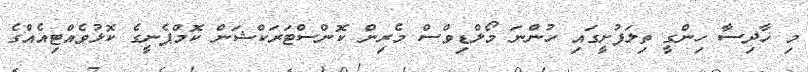
މި ހާދިސާ ހިންގީ ތިލަފުށީގައި ހުންނަ މޯލްޑިވްސް މެރިން ކޮންސްޓަރަކްޝަން ކޮމްޕެނީގެ ކޮޅުވެއްޓިއެއްގެ